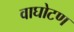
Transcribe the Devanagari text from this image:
वाघोटण